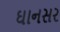
ઘાનસર